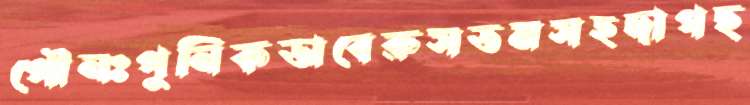
পৌনঃপুনিকভাবেরুসতমসহদাগছ